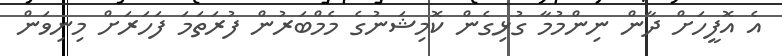
އެ އޮފީހަށް ދާން ނިންމުމާ ގުޅިގެން ކޮމިޝަނުގެ މެމްބަރުން ފުރަތަމަ ފަހަރަށް މިނިވަން